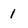
Character: 1